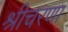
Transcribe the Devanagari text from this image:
श्रीचरणा